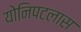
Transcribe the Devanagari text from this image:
योनिपटलास